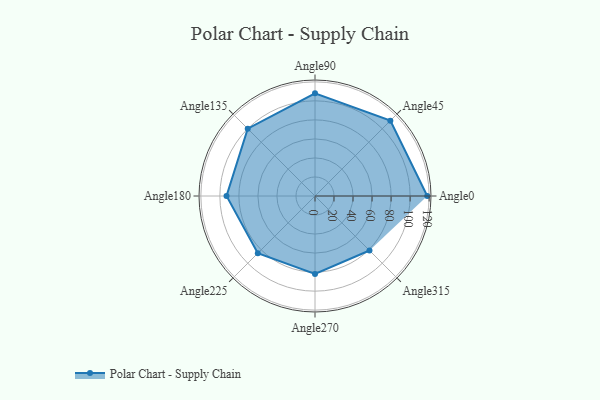
{"axis": {"x": "Angle", "y": "Radius"}, "legend": [""], "data": [{"x": "Angle0", "y": 118.0, "type": ""}, {"x": "Angle45", "y": 112.0, "type": ""}, {"x": "Angle90", "y": 108.0, "type": ""}, {"x": "Angle135", "y": 100.0, "type": ""}, {"x": "Angle180", "y": 93.0, "type": ""}, {"x": "Angle225", "y": 85.0, "type": ""}, {"x": "Angle270", "y": 82.0, "type": ""}, {"x": "Angle315", "y": 81.0, "type": ""}]}